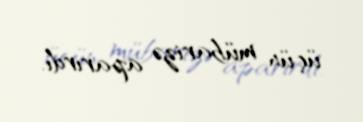
üçün mübarizə aparırdı.